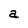
Character: a